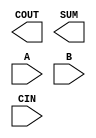
`timescale 1ns / 1ps
`default_nettype none

(* blackbox *)
module tt_export_sky130_fd_sc_hd__fa_1 (
    `ifdef USE_POWER_PINS
        VPWR,
        VGND,
        VPB ,
        VNB,
    `endif  // USE_POWER_PINS
    COUT,
    SUM ,
    A   ,
    B   ,
    CIN
);

    output COUT;
    output SUM ;
    input  A   ;
    input  B   ;
    input  CIN ;
    `ifdef USE_POWER_PINS
        input  VPWR;
        input  VGND;
        input  VPB ;
        input  VNB ;
    `endif  // USE_POWER_PINS
endmodule

(* blackbox *)
module tt_export_sky130_fd_sc_hd__edfxtp_1 (
    `ifdef USE_POWER_PINS
        VPWR,
        VGND,
        VPB ,
        VNB,
    `endif  // USE_POWER_PINS
    Q   ,
    CLK ,
    D   ,
    DE
);

    output Q   ;
    input  CLK ;
    input  D   ;
    input  DE  ;
    `ifdef USE_POWER_PINS
        input  VPWR;
        input  VGND;
        input  VPB ;
        input  VNB ;
    `endif  // USE_POWER_PINS
endmodule

(* blackbox *)
module tt_export_sky130_fd_sc_hd__and2_1 (
    `ifdef USE_POWER_PINS
        VPWR,
        VGND,
        VPB ,
        VNB,
    `endif  // USE_POWER_PINS    
    X   ,
    A   ,
    B
);

    output X   ;
    input  A   ;
    input  B   ;
    `ifdef USE_POWER_PINS
        input  VPWR;
        input  VGND;
        input  VPB ;
        input  VNB ;
    `endif  // USE_POWER_PINS
endmodule